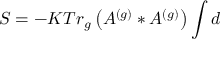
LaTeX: S = - K T r _ { g } \left( A ^ { \left( g \right) } \ast A ^ { \left( g \right) } \right) \int d